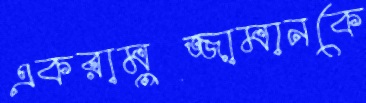
একরামুজ্জামানকে